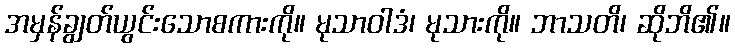
အမှန်ချွတ်ယွင်းသောစကားကို။ မုသာဝါဒံ၊ မုသားကို။ ဘာသတိ၊ ဆိုဘိ၏။